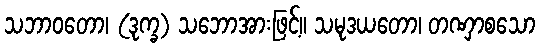
သဘာဝတော၊ (ဒုက္ခ) သဘောအားဖြင့်။ သမုဒယတော၊ တဏှာစသော